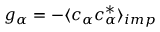
g _ { \alpha } = - \langle c _ { \alpha } c _ { \alpha } ^ { * } \rangle _ { i m p }